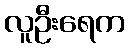
လူဦးရေက